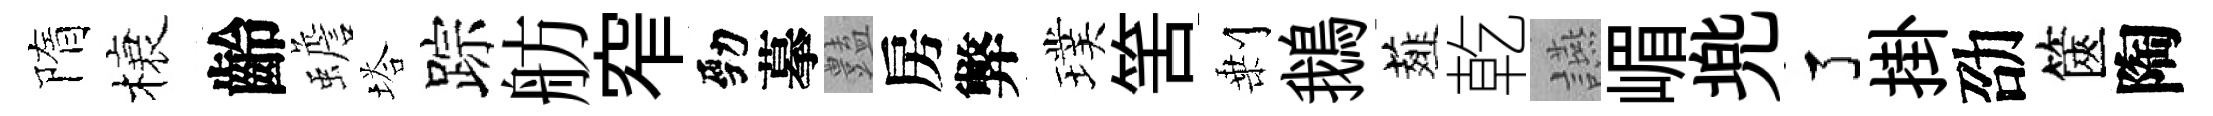
隋榱齡蟾塔踪舫窄勁摹𧰟房弊璞筈剰鵝薤乾讌嵋兠了掛劭篋陶